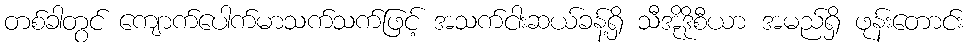
တစ်ခါတွင် ကျောက်ပေါက်မာသက်သက်ဖြင့် အသက်ငါးဆယ်ခန့်ရှိ သီအိုဒိုစီယာ အမည်ရှိ ဖုန်းတောင်း